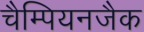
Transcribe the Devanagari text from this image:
चैम्पियनजैक